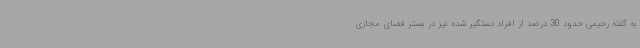
به گفته رحیمی حدود 30 درصد از افراد دستگیر شده نیز در بستر فضای مجازی